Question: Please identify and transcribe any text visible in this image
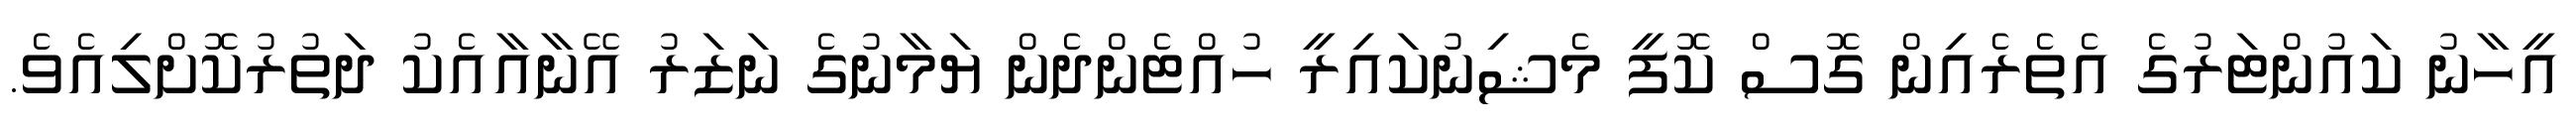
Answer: އީހާނު ކައުންޓަރުގެ އެތެރެއިން ގޮސް ކޮފީ މެޝިނުކައިރީ ހުއްޓެންދެން ޔަމާނުގެ ނަޒަރު އޭނާއާއެކު ދަތުރުކޮށްލިއެވެ.